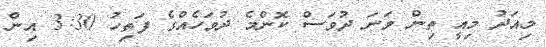
މިއަދު މިއީ ތިން ވަނަ ދުވަސް ކޮންމެ ދުވަހެއްގެ ފަތިހު 3:30 އިން